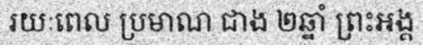
រយៈពេល ប្រមាណ ជាង ២ឆ្នាំ ព្រះអង្គ